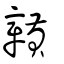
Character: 贛